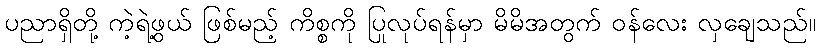
ပညာရှိတို့ ကဲ့ရဲ့ဖွယ် ဖြစ်မည့် ကိစ္စကို ပြုလုပ်ရန်မှာ မိမိအတွက် ဝန်လေး လှချေသည်။